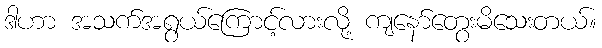
ဒါဟာ အသက်အရွယ်ကြောင့်လားလို့ ကျနော်တွေးမိသေးတယ်။